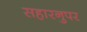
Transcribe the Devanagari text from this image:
सहारनुपर